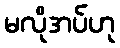
မလိုအပ်ဟု